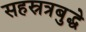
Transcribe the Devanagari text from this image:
सहस्रत्रबुद्धे